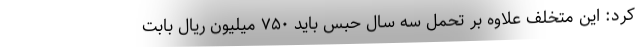
کرد: این متخلف علاوه بر تحمل سه سال حبس باید ۷۵۰ میلیون ریال بابت